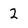
Character: 2